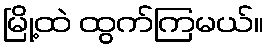
မြို့ထဲ ထွက်ကြမယ်။